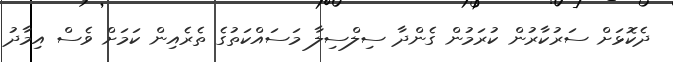
ދެކޮޅަށް ސަރުކާރުން ކުރަމުން ގެންދާ ސިލްސިލާ މަސައްކަތުގެ ތެރެއިން ކަމަށް ވެސް އިމާދު